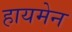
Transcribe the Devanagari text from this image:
हायमेन